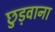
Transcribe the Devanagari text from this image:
छुड़वाना